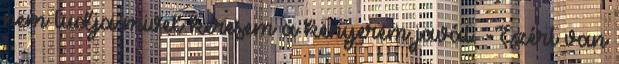
nem tudja mivel keresem a kenyerem javát. -Ezért van